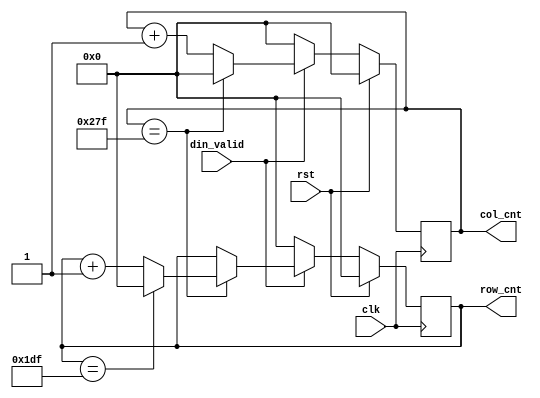
`timescale 1ns / 1ps
//////////////////////////////////////////////////////////////////////////////////
// Company: HITSZ
// 
// Design Name: 
// Module Name: ImgBoundaryFlag
// Project Name: 
// Target Devices: 
// Tool Versions: 
// Description: 
// 
// Dependencies: 
// 
// Revision:
// Revision 0.01 - File Created
// Additional Comments:
// 
//////////////////////////////////////////////////////////////////////////////////


module  CoordinateGen #
(
    parameter DIN_DATA_WIDTH = 8,
    parameter ROW = 480,
    parameter COL = 640
)
(
    input clk, rst,
    input din_valid,
    output reg [9:0] col_cnt, 
    output reg [9:0] row_cnt
);



always @ (posedge clk) begin
    if(rst)
        col_cnt <= 0;
    else if(!din_valid)
        col_cnt <= 0;
    else
        col_cnt <= (col_cnt==COL-1) ? 0 : col_cnt + 1;
end

always @ (posedge clk) begin
    if(rst)
        row_cnt <= 0;
    else if(!din_valid)
        row_cnt <= 0;
    else if(col_cnt==COL-1)
        row_cnt <= (row_cnt==ROW-1) ? 0 : row_cnt + 1;
end




endmodule